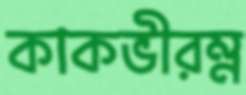
কাকভীরম্ন